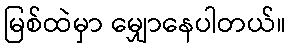
မြစ်ထဲမှာ မျှောနေပါတယ်။